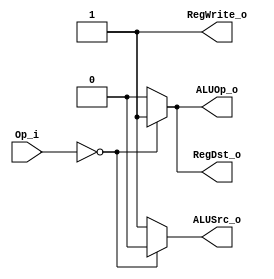
module Control(
    Op_i,
    RegDst_o,
    ALUOp_o,
    ALUSrc_o,
    RegWrite_o
);

    input [5:0] Op_i;
    output RegDst_o, ALUOp_o, ALUSrc_o, RegWrite_o;

    assign RegDst_o = (Op_i == 6'b000000)? 1'b1: 1'b0;
    assign ALUOp_o = (Op_i == 6'b000000)? 1'b1: 1'b0;
    assign ALUSrc_o = (Op_i == 6'b000000)? 1'b0: 1'b1;
    assign RegWrite_o = 1'b1;
endmodule